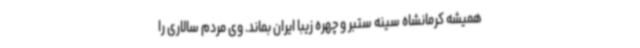
همیشه کرمانشاه سینه ستبر و چهره زیبا ایران بماند. وی مردم سالاری را